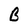
Character: B